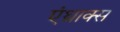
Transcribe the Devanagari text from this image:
एंथ्राक्स